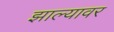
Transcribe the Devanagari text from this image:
झाल्‍यावर